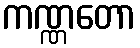
ကဏ္ဏတော